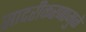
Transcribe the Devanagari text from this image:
सादरीकरणामुळे